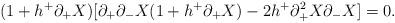
LaTeX: \begin{align*}(1+h^{+} \partial_{+} X)[\partial_{+} \partial_{-} X(1+h^{+} \partial_{+}X)-2h^{+} \partial_{+}^{2} X \partial_{-} X] =0 .\end{align*}